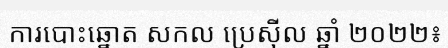
ការបោះឆ្នោត សកល ប្រេស៊ីល ឆ្នាំ ២០២២៖